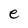
Character: e